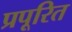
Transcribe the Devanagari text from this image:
प्रपूरित